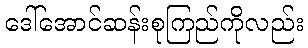
ဒေါ်အောင်ဆန်းစုကြည်ကိုလည်း